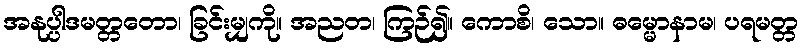
အနုပ္ပါဒမတ္တတော၊ ခြင်းမျှကို။ အညတ၊ ကြဉ်၍။ ကောစိ၊ သော။ ဓမ္မောနာမ၊ ပရမတ္တ